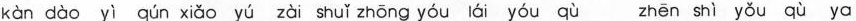
kàn dào yì qún xiǎo yú zài shuǐ zhōng yóu lái yóu qù zhēn shì yǒu qù ya